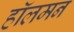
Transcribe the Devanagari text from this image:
हॉलमन